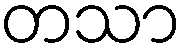
တသာ